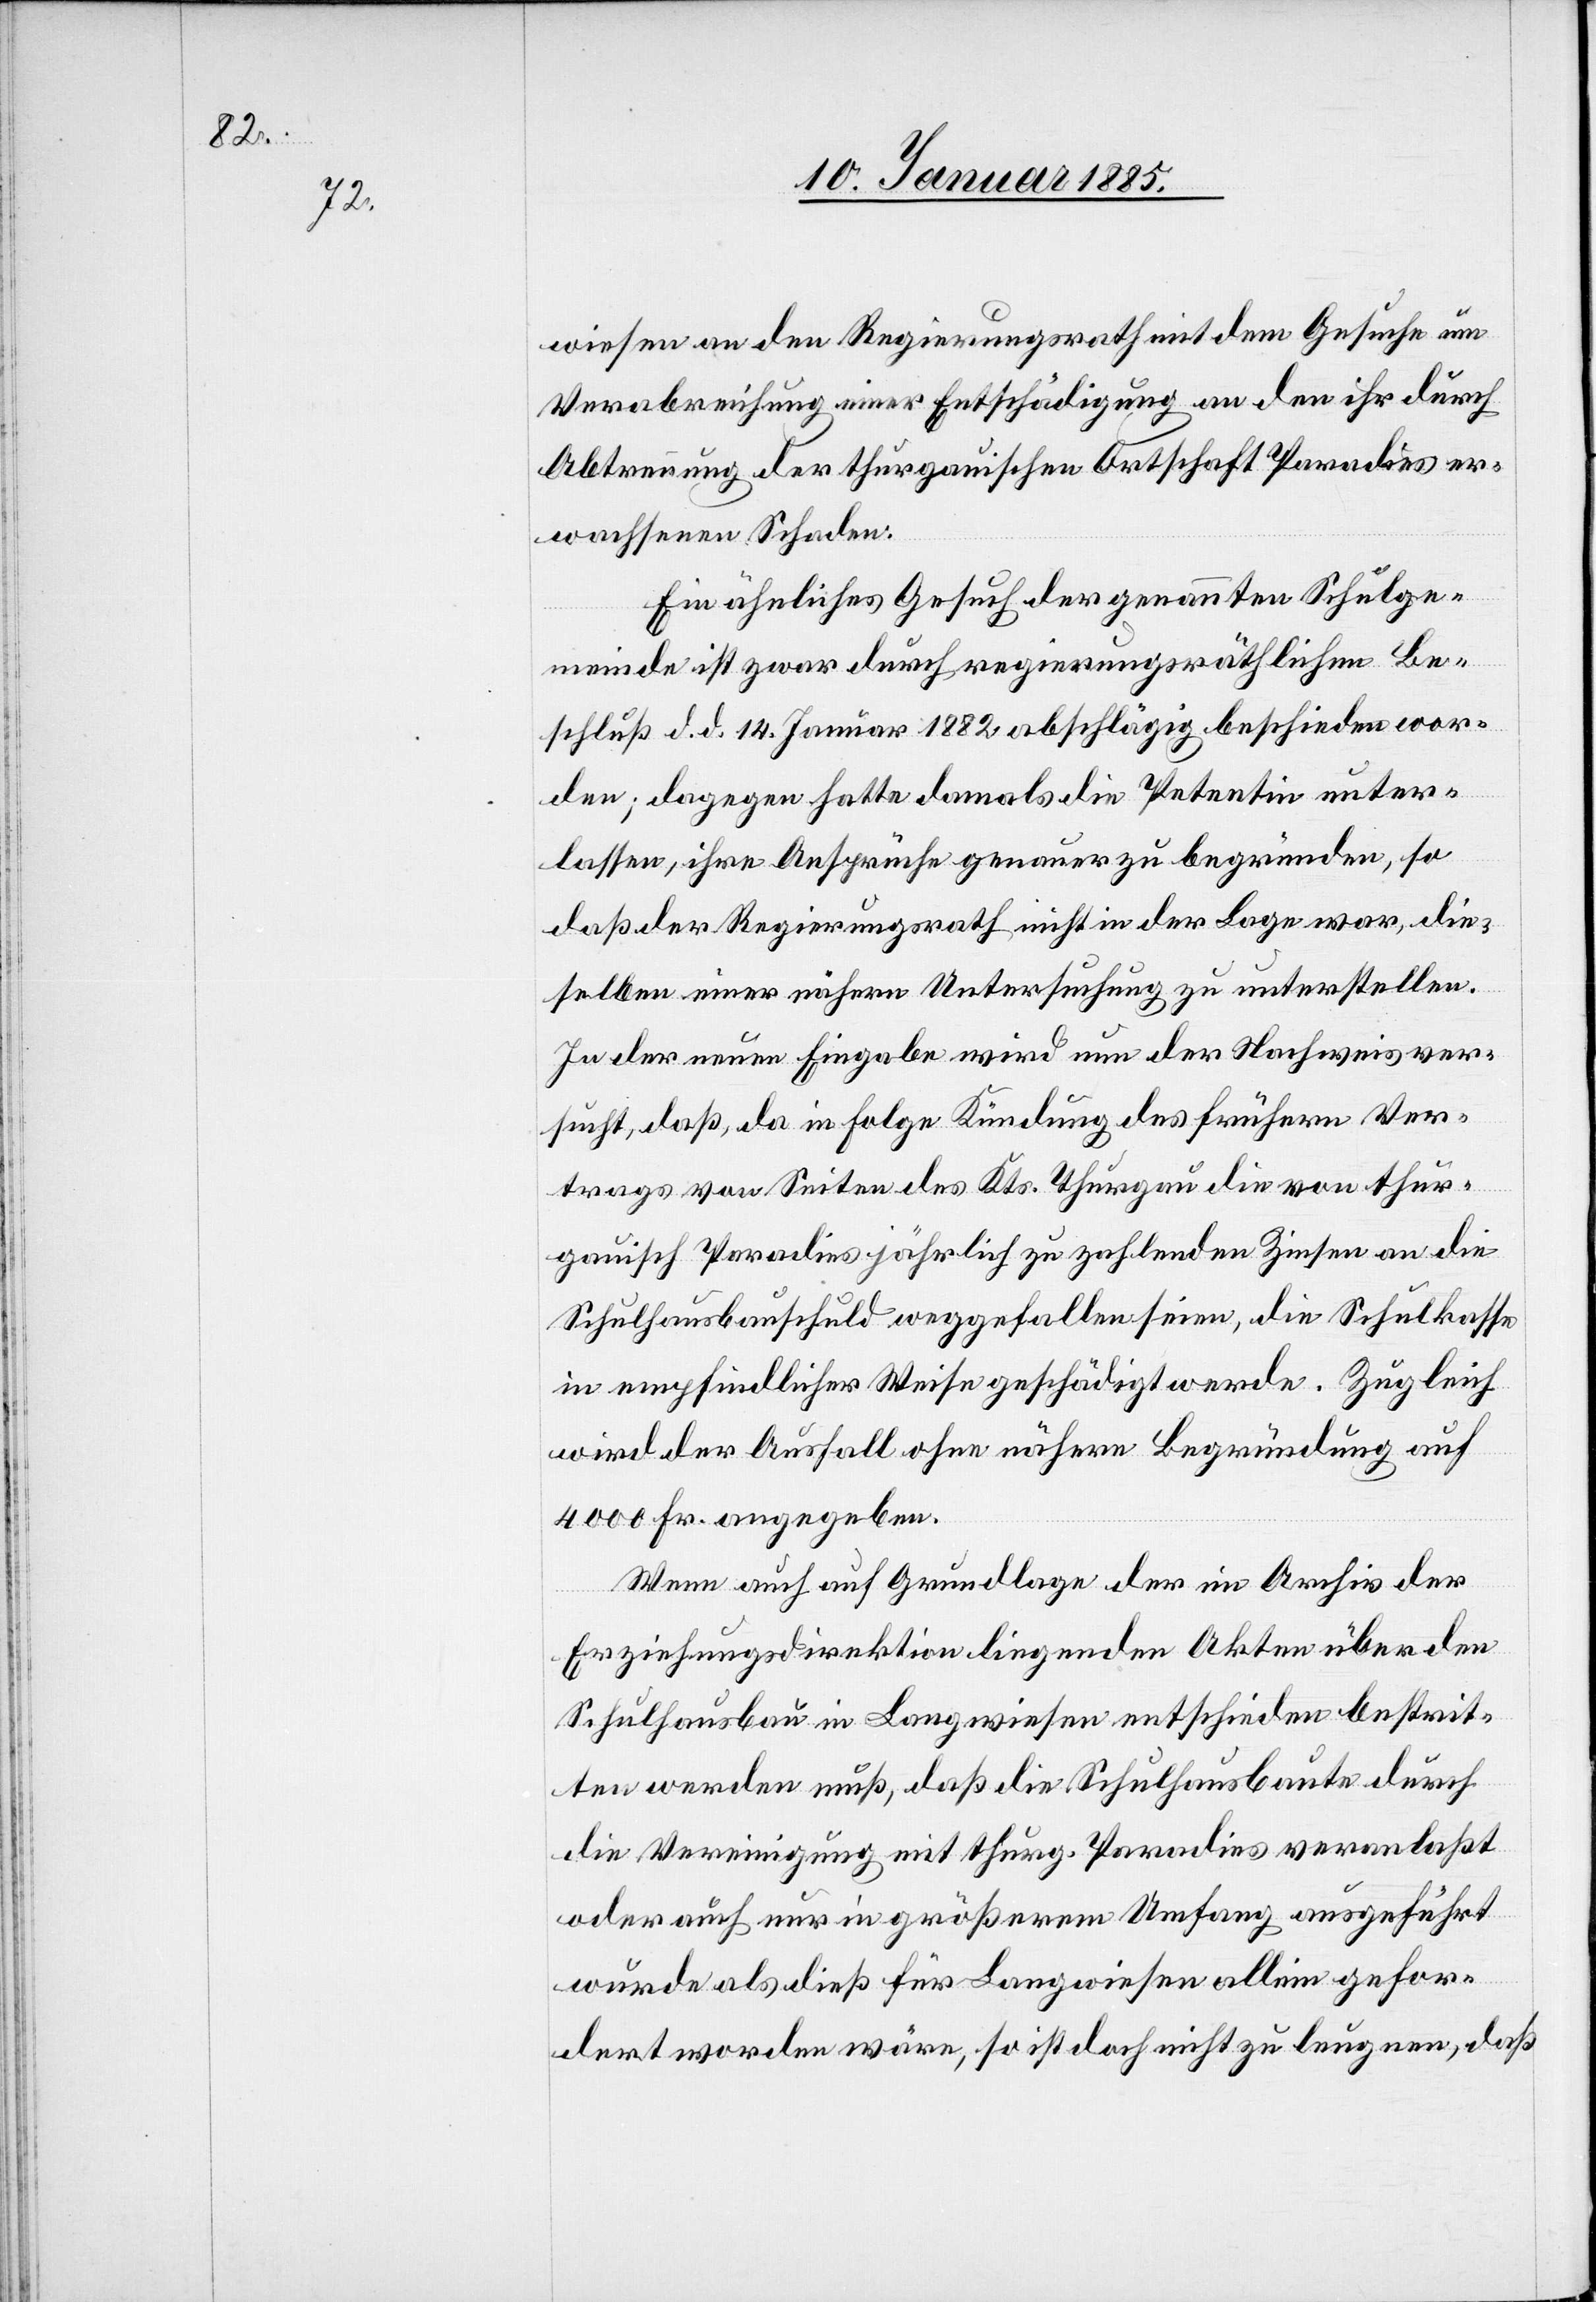
wiesen an den Regierungsrath mit dem Gesuche um
Verabreichung einer Entschädigung an den ihr durch
Abtrennung der thurgauischen Ortschaft Paradies [s¬
erwachsenen Schaden.
Ein ähnliches Gesuch der genannten Schulge¬
meinde ist zwar durch regierungsräthlichen Be¬
schluß d. d. 14. Januar 1882 abschlägig beschieden wor¬
ic!]
den; dagegen hatte damals die Petentin unter¬
lassen, ihre Ansprüche genauer zu begründen, so
daß der Regierungsrath nicht in der Lage war, die¬
selben einer nähern Untersuchung zu unterstellen.
In der neuen Eingabe wird nun der Nachweis ver¬
sucht, daß, da in folge Kündung des frühern Ver¬
trages von Seiten des Kts. Thurgau die von thur¬
gauisch Paradies jährlich zu zahlenden Zinsen an die
Schulausbauschuld weggefallen seien, die Schulkasse
in empfindlicher Weise geschädigt werde. Zugleich
wird der Ausfall ohne nähere Begründung auf
4000 Fr. angegeben.
Wenn auch auf Grundlage der im Archiv der
Erziehungsdirektion liegenden Akten über den
Schulhausbau in Langwiesen entschieden bestrit¬
ten werden muß, daß die Schuldhausbaute durch
die Vereinigung mit thurg. Paradies veranlaßt
oder auch nur in größerem Umfang ausgeführt
wurde als dies für Langwiesen allein gefor¬
dert worden wäre, so ist doch nicht zu leugnen, daß